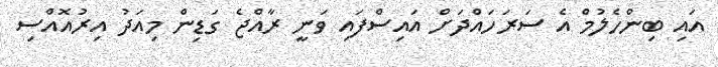
އައި ބިންހެލުމް އެ ސަރަހައްދަށް އައިސްފައި ވަނީ ރާއްޖެ ގަޑިން މިއަދު އިރުއޮއްސި